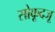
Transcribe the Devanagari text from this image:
सोकूदजू